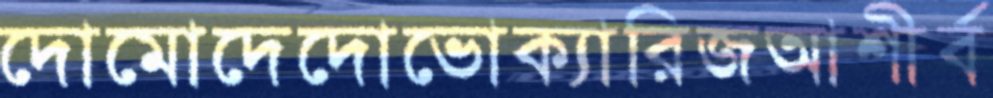
দোমোদেদোভোক্যারিজআশীর্ব